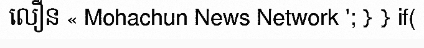
លឿន « Mohachun News Network '; } } if(